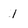
Character: 1